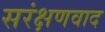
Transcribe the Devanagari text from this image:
सरंक्षणवाद